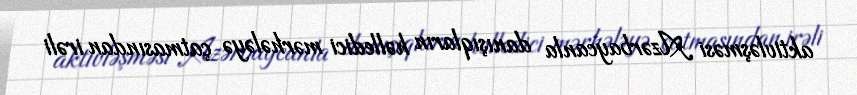
aktivləşməsi Azərbaycanla danışıqların həlledici mərhələyə çatmasından irəli